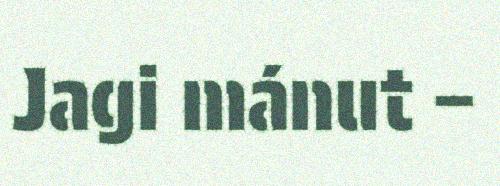
Jagi mánut –